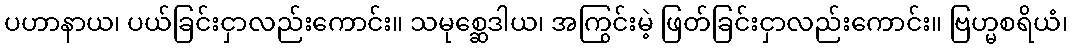
ပဟာနာယ၊ ပယ်ခြင်းငှာလည်းကောင်း။ သမုစ္ဆေဒါယ၊ အကြွင်းမဲ့ ဖြတ်ခြင်းငှာလည်းကောင်း။ ဗြဟ္မစရိယံ၊